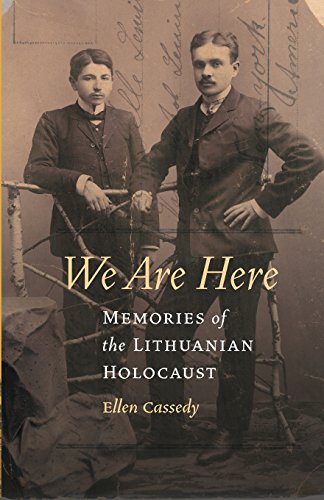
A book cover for We Are Here: Memories of the Lithuanian Holocaust; Ellen Cassedy; Travel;